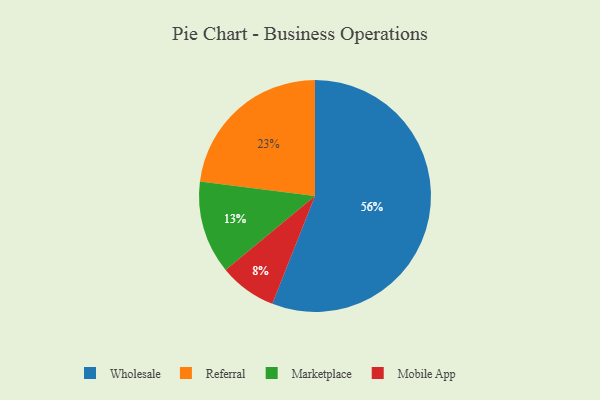
{"axis": {"x": "Category", "y": "Percentage"}, "legend": ["Marketplace", "Mobile App", "Referral", "Wholesale"], "data": [{"x": "Mobile App", "y": 8, "type": "Mobile App"}, {"x": "Marketplace", "y": 13, "type": "Marketplace"}, {"x": "Wholesale", "y": 56, "type": "Wholesale"}, {"x": "Referral", "y": 23, "type": "Referral"}]}